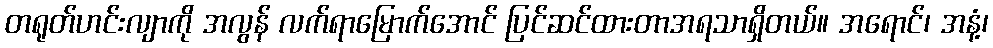
တရုတ်ဟင်းလျာကို အလွန် လက်ရာမြောက်အောင် ပြင်ဆင်ထားတာအရသာရှိတယ်။ အရောင်၊ အနံ့၊